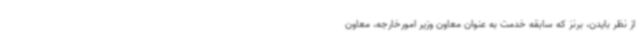
از نظر بایدن، برنز که سابقه خدمت به عنوان معاون وزیر امورخارجه، معاون